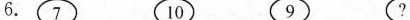
6. 7 10 9 ？